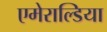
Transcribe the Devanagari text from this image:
एमेराल्डिया